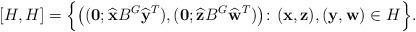
LaTeX: \begin{align*} [H,H]=\Bigl\{\bigl((\bold{0};\widehat{\bold{x}}B^{G}\widehat{\bold{y}}^{T}),(\bold{0};\widehat{\bold{z}}B^{G}\widehat{\bold{w}}^{T})\bigl)\colon (\bold{x},\bold{z}), (\bold{y},\bold{w})\in H\Bigr\}. \end{align*}